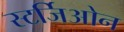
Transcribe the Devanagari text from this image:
स्टर्जिओन